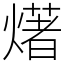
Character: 𤏸